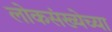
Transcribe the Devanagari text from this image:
लोकसंख्‍येच्‍या